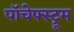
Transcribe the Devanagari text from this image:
पॉचेफ्स्ट्रूम